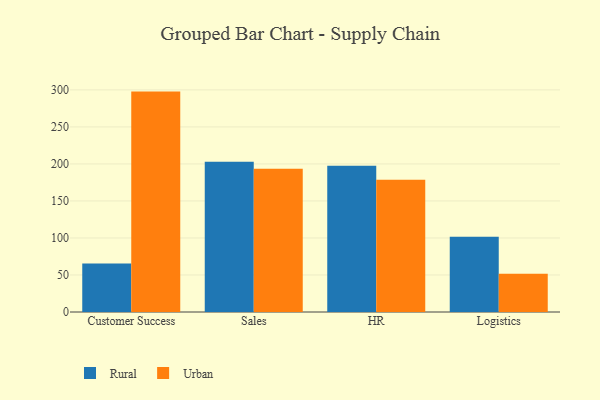
{"axis": {"x": "Department", "y": "Website Visitors"}, "legend": ["Rural", "Urban"], "data": [{"x": "Customer Success", "y": 65.4, "type": "Rural"}, {"x": "Customer Success", "y": 297.7, "type": "Urban"}, {"x": "Sales", "y": 203.1, "type": "Rural"}, {"x": "Sales", "y": 193.5, "type": "Urban"}, {"x": "HR", "y": 197.7, "type": "Rural"}, {"x": "HR", "y": 178.8, "type": "Urban"}, {"x": "Logistics", "y": 101.6, "type": "Rural"}, {"x": "Logistics", "y": 51.8, "type": "Urban"}]}